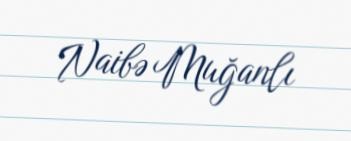
Naibə Muğanlı